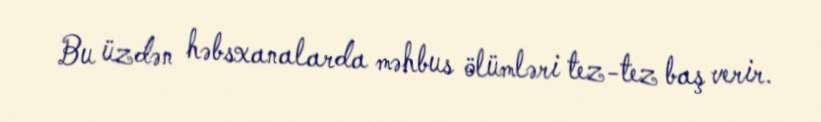
Bu üzdən həbsxanalarda məhbus ölümləri tez-tez baş verir.